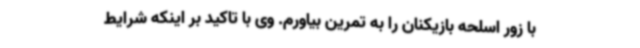
با زور اسلحه بازیکنان را به تمرین بیاورم. وی با تاکید بر اینکه شرایط